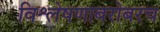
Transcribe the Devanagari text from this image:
विश्लेषणाबरोबरच